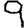
Digit: 9